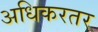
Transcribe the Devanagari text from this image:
अधिकरतर